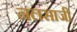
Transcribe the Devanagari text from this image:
नलसाजी